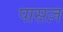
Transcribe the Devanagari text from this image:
पासज़